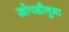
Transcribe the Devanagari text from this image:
खोपडीनुमा